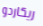
ريكاردو